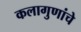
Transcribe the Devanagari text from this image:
कलागुणांचे